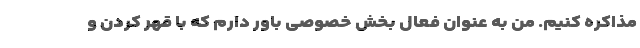
مذاکره کنیم. من به عنوان فعال بخش خصوصی باور دارم که با قهر کردن و